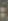
: